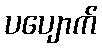
ပပျောက်